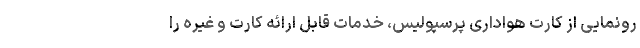
رونمایی از کارت‌ هواداری پرسپولیس، خدمات قابل ارائه کارت و غیره را